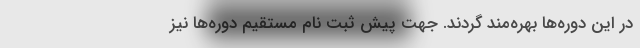
در این دوره‌ها بهره‌مند گردند. جهت پیش ثبت نام مستقیم دوره‌ها نیز